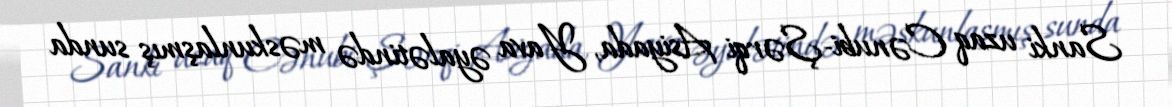
Sanki uzaq Cənubi-Şərqi Asiyada, Yava əyalətində məskunlaşmış sunda